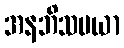
အနဘိသမယာ